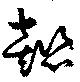
懿